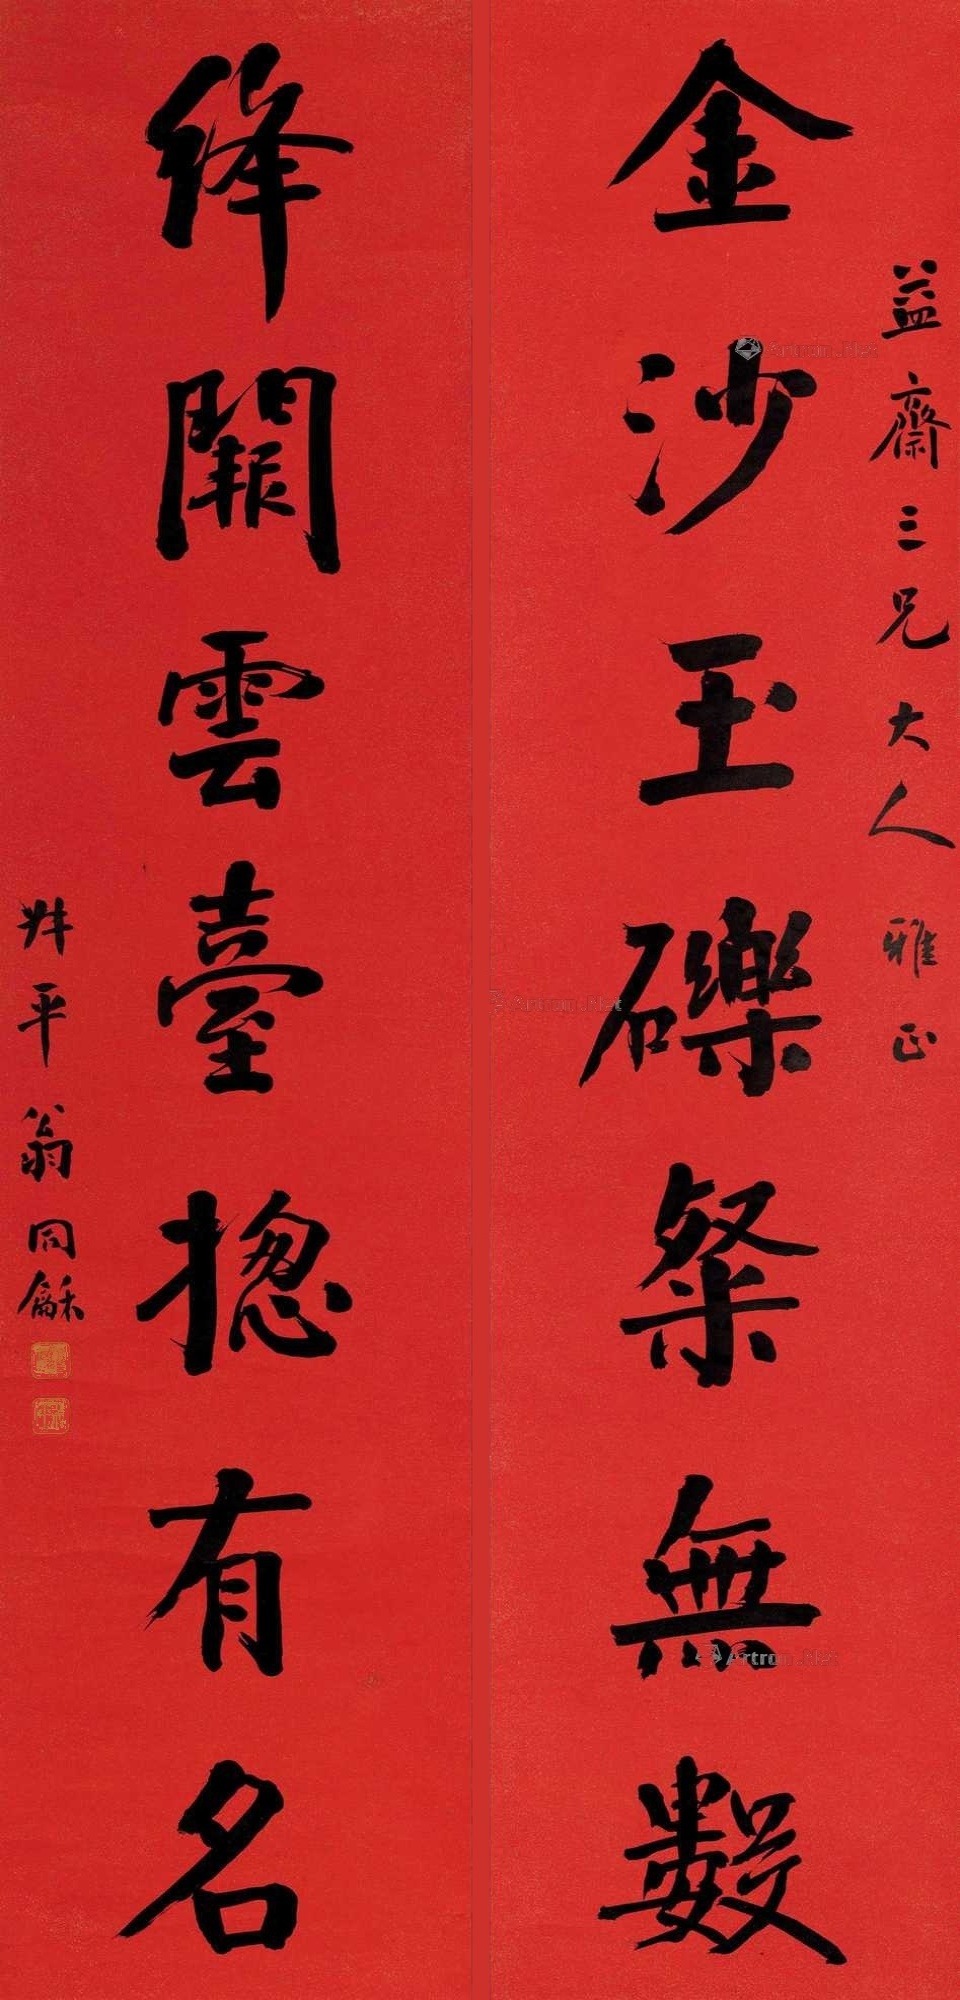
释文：金沙玉铄粲无数，绛阙云台总有名。益斋三兄大人雅正，叔平翁同龢。